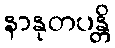
နာနုတပန္တိ